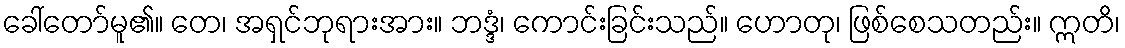
ခေါ်တော်မူ၏။ တေ၊ အရှင်ဘုရားအား။ ဘဒ္ဒံ၊ ကောင်းခြင်းသည်။ ဟောတု၊ ဖြစ်စေသတည်း။ ဣတိ၊